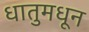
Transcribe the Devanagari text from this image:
धातुमधून